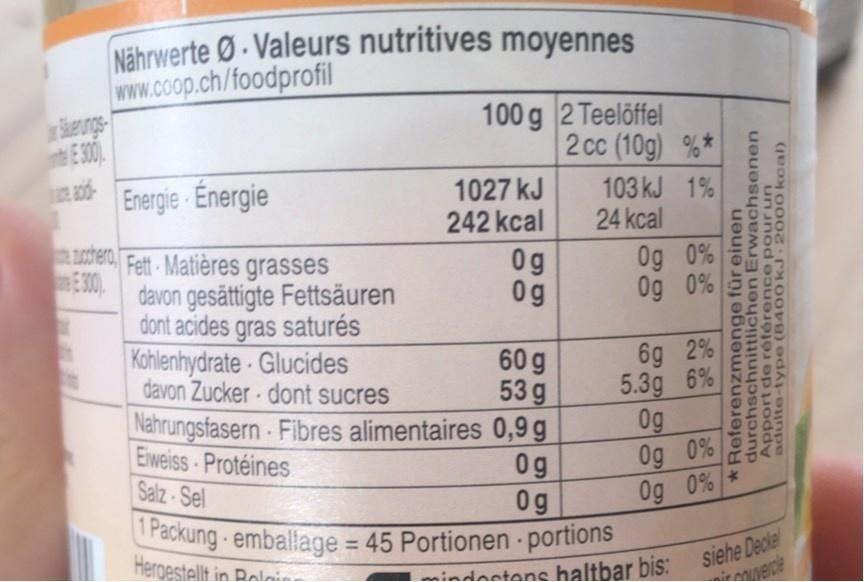
Nährwerte Ø- Valeurs nutritives moyennes www.coop.ch/foodprofil Seungs- E30).
100 g 2 Teelöffel 2 cc (10g) %* 103 kJ 1% 24 kcal
Energie Energie
1027 kJ 242 kcal
E50 COLO
aschero
,
Fett-Matières grasses E30) davon gesättigte Fettsäuren dont acides gras saturés
0g 0g
Og 0% Og 0%
Kohlenhydrate Glucides davon Zucker dont sucres
6g 2% 5.3g 6% 0g 0g 0% Og 0%
60 g 53 g
Nahrungsfasern Fibres alimentaires 0,9 g Eiweiss Protéines
0g 0g 1 Packung-emballage = 45 Portionen portions
Salz-Sel
dostens haltbar bis: siehe Decier vercte
Hergestellt in Relmina
*Referenzmenge für einen durchschnittlichen Erwachsenen Apport de référence pour un adulte-type (8400 kJ 2000 kcal)